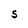
Character: S